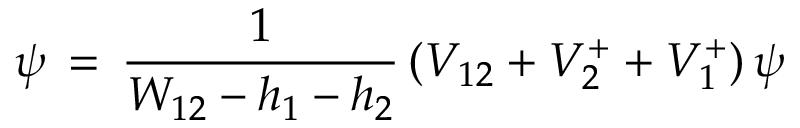
\, \psi \, = \, { \frac { 1 } { W _ { 1 2 } - h _ { 1 } - h _ { 2 } } } \, ( V _ { 1 2 } + V _ { 2 } ^ { + } + V _ { 1 } ^ { + } ) \, \psi